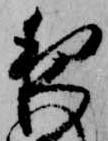
夜